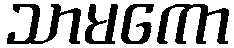
သာမကော